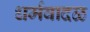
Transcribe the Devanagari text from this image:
धर्मवादळ